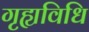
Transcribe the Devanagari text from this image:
गृह्यविधि